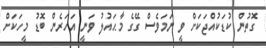
ގޮތުން ކުޑަކުއްޖަކަށް ވީ ނަމަވެސް ގޭގެ މާޙައުލު ވަނީ އަހަރެން ބޮޑު މީހަކަށް